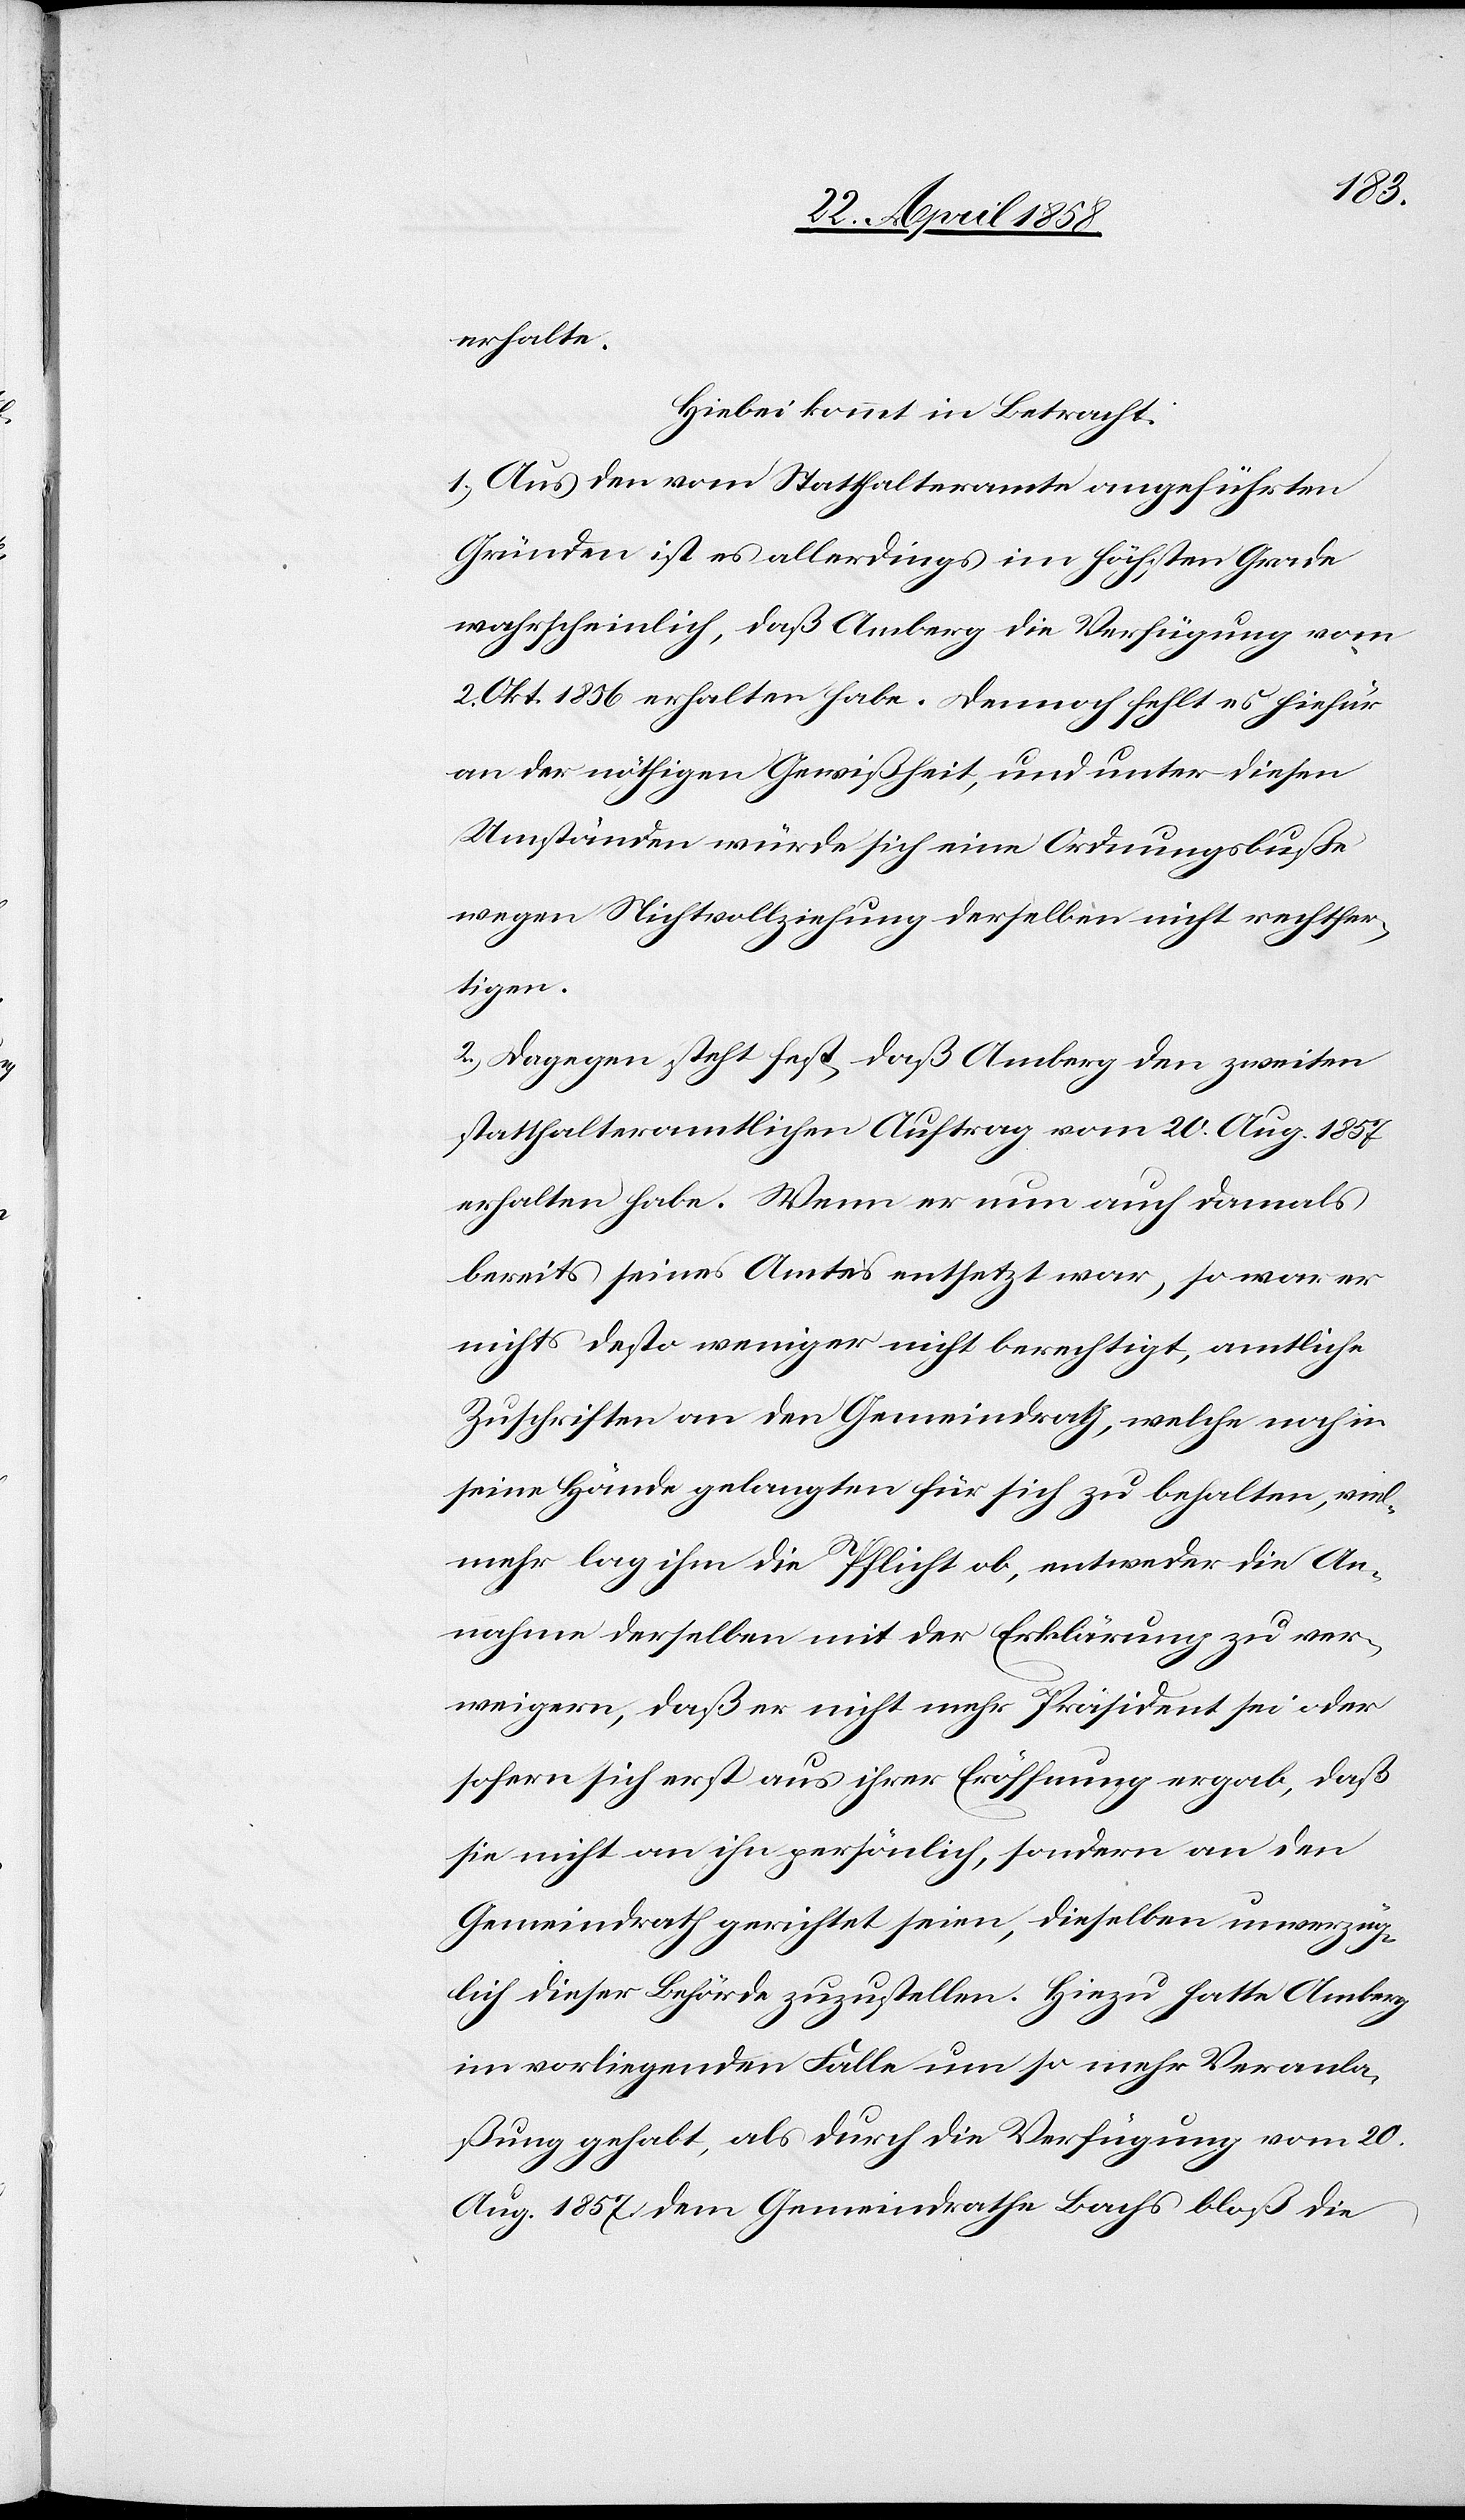
erhalte.
Hiebei kommt in Betracht:
1.) Aus den vom Statthalteramte angeführten
Gründen ist es allerdings im höchsten Grade
wahrscheinlich, daß Amberg die Verfügung vom
2. Okt. 1856 erhalten habe. Dennoch fehlt es hiefür
an der nöthigen Gewißheit, und unter diesen
Umständen würde sich eine Ordnungsbuße
wegen Nichtvollziehung derselben nicht rechtfer¬
tigen.
2.) Dagegen steht fest, daß Amberg den zweiten
statthalteramtlichen Auftrag vom 20. Aug. 1857
erhalten habe. Wenn er nun auch damals
bereits seines Amtes entsetzt war, so war er
nichts desto weniger nicht berechtigt, amtliche
Zuschriften an den Gemeindrath, welche noch in
seine Hände gelangten für sich zu behalten, viel¬
mehr lag ihm die Pflicht ob, entweder die An¬
nahme derselben mit der Erklärung zu ver¬
weigern, daß er nicht mehr Präsident sei oder
sofern sich erst aus ihrer Eröffnung ergab, daß
sie nicht an ihn persönlich, sondern an den
Gemeindrath gerichtet seien, dieselben unverzüg¬
lich dieser Behörde zuzustellen. Hiezu hatte Amberg
im vorliegenden Falle um so mehr Veranla¬
ßung gehabt, als durch die Verfügung vom 20.
Aug. 1857. Dem Gemeindrathe Bachs bloß die